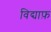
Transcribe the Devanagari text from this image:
विद्याफ़